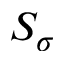
S _ { \sigma }